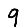
Digit: 9